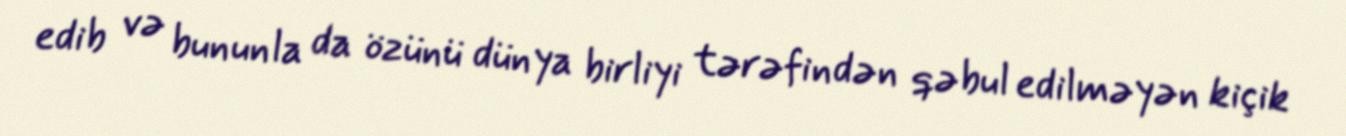
edib və bununla da özünü dünya birliyi tərəfindən qəbul edilməyən kiçik